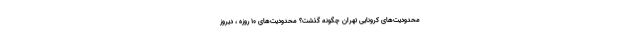
محدودیت‌های کرونایی تهران چگونه گذشت؟ محدودیت‌های ۱۰ روزه ، دیروز